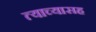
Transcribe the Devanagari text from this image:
त्याच्यासह